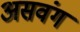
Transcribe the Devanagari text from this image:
असवंग